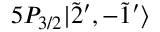
5 P _ { 3 / 2 } | \Tilde { 2 } ^ { \prime } , - \Tilde { 1 } ^ { \prime } \rangle